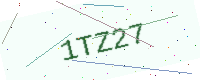
Text: 1TZ27